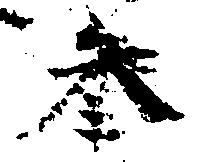
参